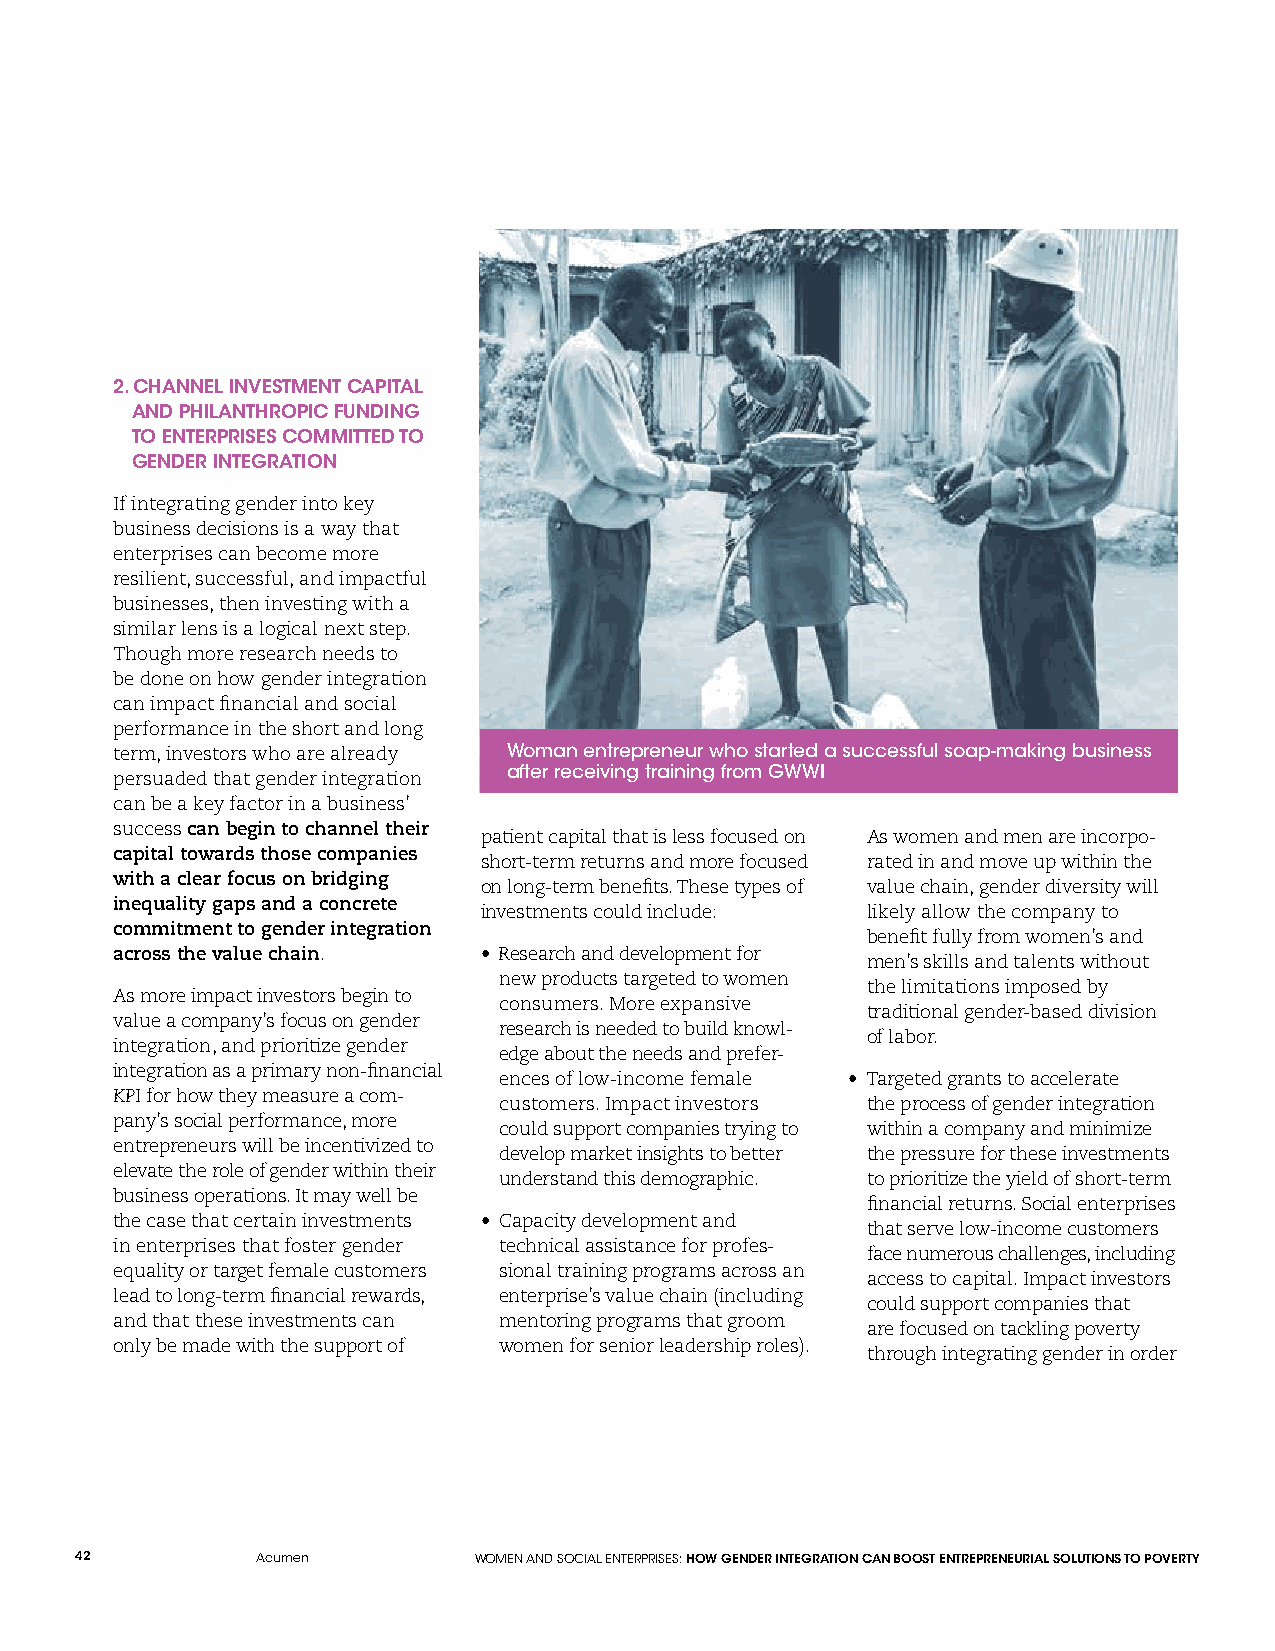
2. CHANNEL INVESTMENT CAPITAL
 AND PHILANTHROPIC FUNDING
 TO ENTERPRISES COMMITTED TO
 GENDER INTEGRATION
 If integrating gender into key
 business decisions is a way that
 enterprises can become more
 resilient, successful, and impactful
 businesses, then investing with a
 similar lens is a logical next step.
 Though more research needs to
 be done on how gender integration
 can impact financial and social
 performance in the short and long
 term, investors who are already Woman entrepreneur who started a successful soap-making business
 after receiving training from GWWI
 persuaded that gender integration
 can be a key factor in a business’
 success can begin to channel their
 patient capital that is less focused on As women and men are incorpo-
 capital towards those companies
 short-term returns and more focused rated in and move up within the
 with a clear focus on bridging
 on long-term benefits. These types of value chain, gender diversity will
 inequality gaps and a concrete
 investments could include: likely allow the company to
 commitment to gender integration
 benefit fully from women’s and
 across the value chain.  • Research and development for
 men’s skills and talents without
 new products targeted to women
 the limitations imposed by
 As more impact investors begin to
 consumers. More expansive
 traditional gender-based division
 value a company’s focus on gender
 research is needed to build knowl-
 of labor.
 integration, and prioritize gender
 edge about the needs and prefer-
 integration as a primary non-financial
 ences of low-income female • Targeted grants to accelerate
 KPI for how they measure a com-
 customers. Impact investors the process of gender integration
 pany’s social performance, more
 could support companies trying to within a company and minimize
 entrepreneurs will be incentivized to
 develop market insights to better the pressure for these investments
 elevate the role of gender within their
 understand this demographic. to prioritize the yield of short-term
 business operations. It may well be
 financial returns. Social enterprises
 the case that certain investments • Capacity development and
 that serve low-income customers
 in enterprises that foster gender technical assistance for profes-
 face numerous challenges, including
 equality or target female customers sional training programs across an
 access to capital. Impact investors
 lead to long-term financial rewards, enterprise’s value chain (including
 could support companies that
 and that these investments can mentoring programs that groom
 are focused on tackling poverty
 only be made with the support of women for senior leadership roles).
 through integrating gender in order
 42          Acumen        WOMEN AND SOCIAL ENTERPRISES: HOW GENDER INTEGRATION CAN BOOST ENTREPRENEURIAL SOLUTIONS TO POVERTY